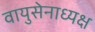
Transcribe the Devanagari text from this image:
वायुसेनाध्यक्ष